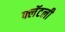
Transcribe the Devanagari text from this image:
फ्लॅटली